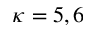
\kappa = 5 , 6